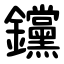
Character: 钂